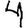
Digit: 4